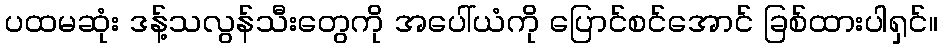
ပထမဆုံး ဒန့်သလွန်သီးတွေကို အပေါ်ယံကို ပြောင်စင်အောင် ခြစ်ထားပါရှင်။